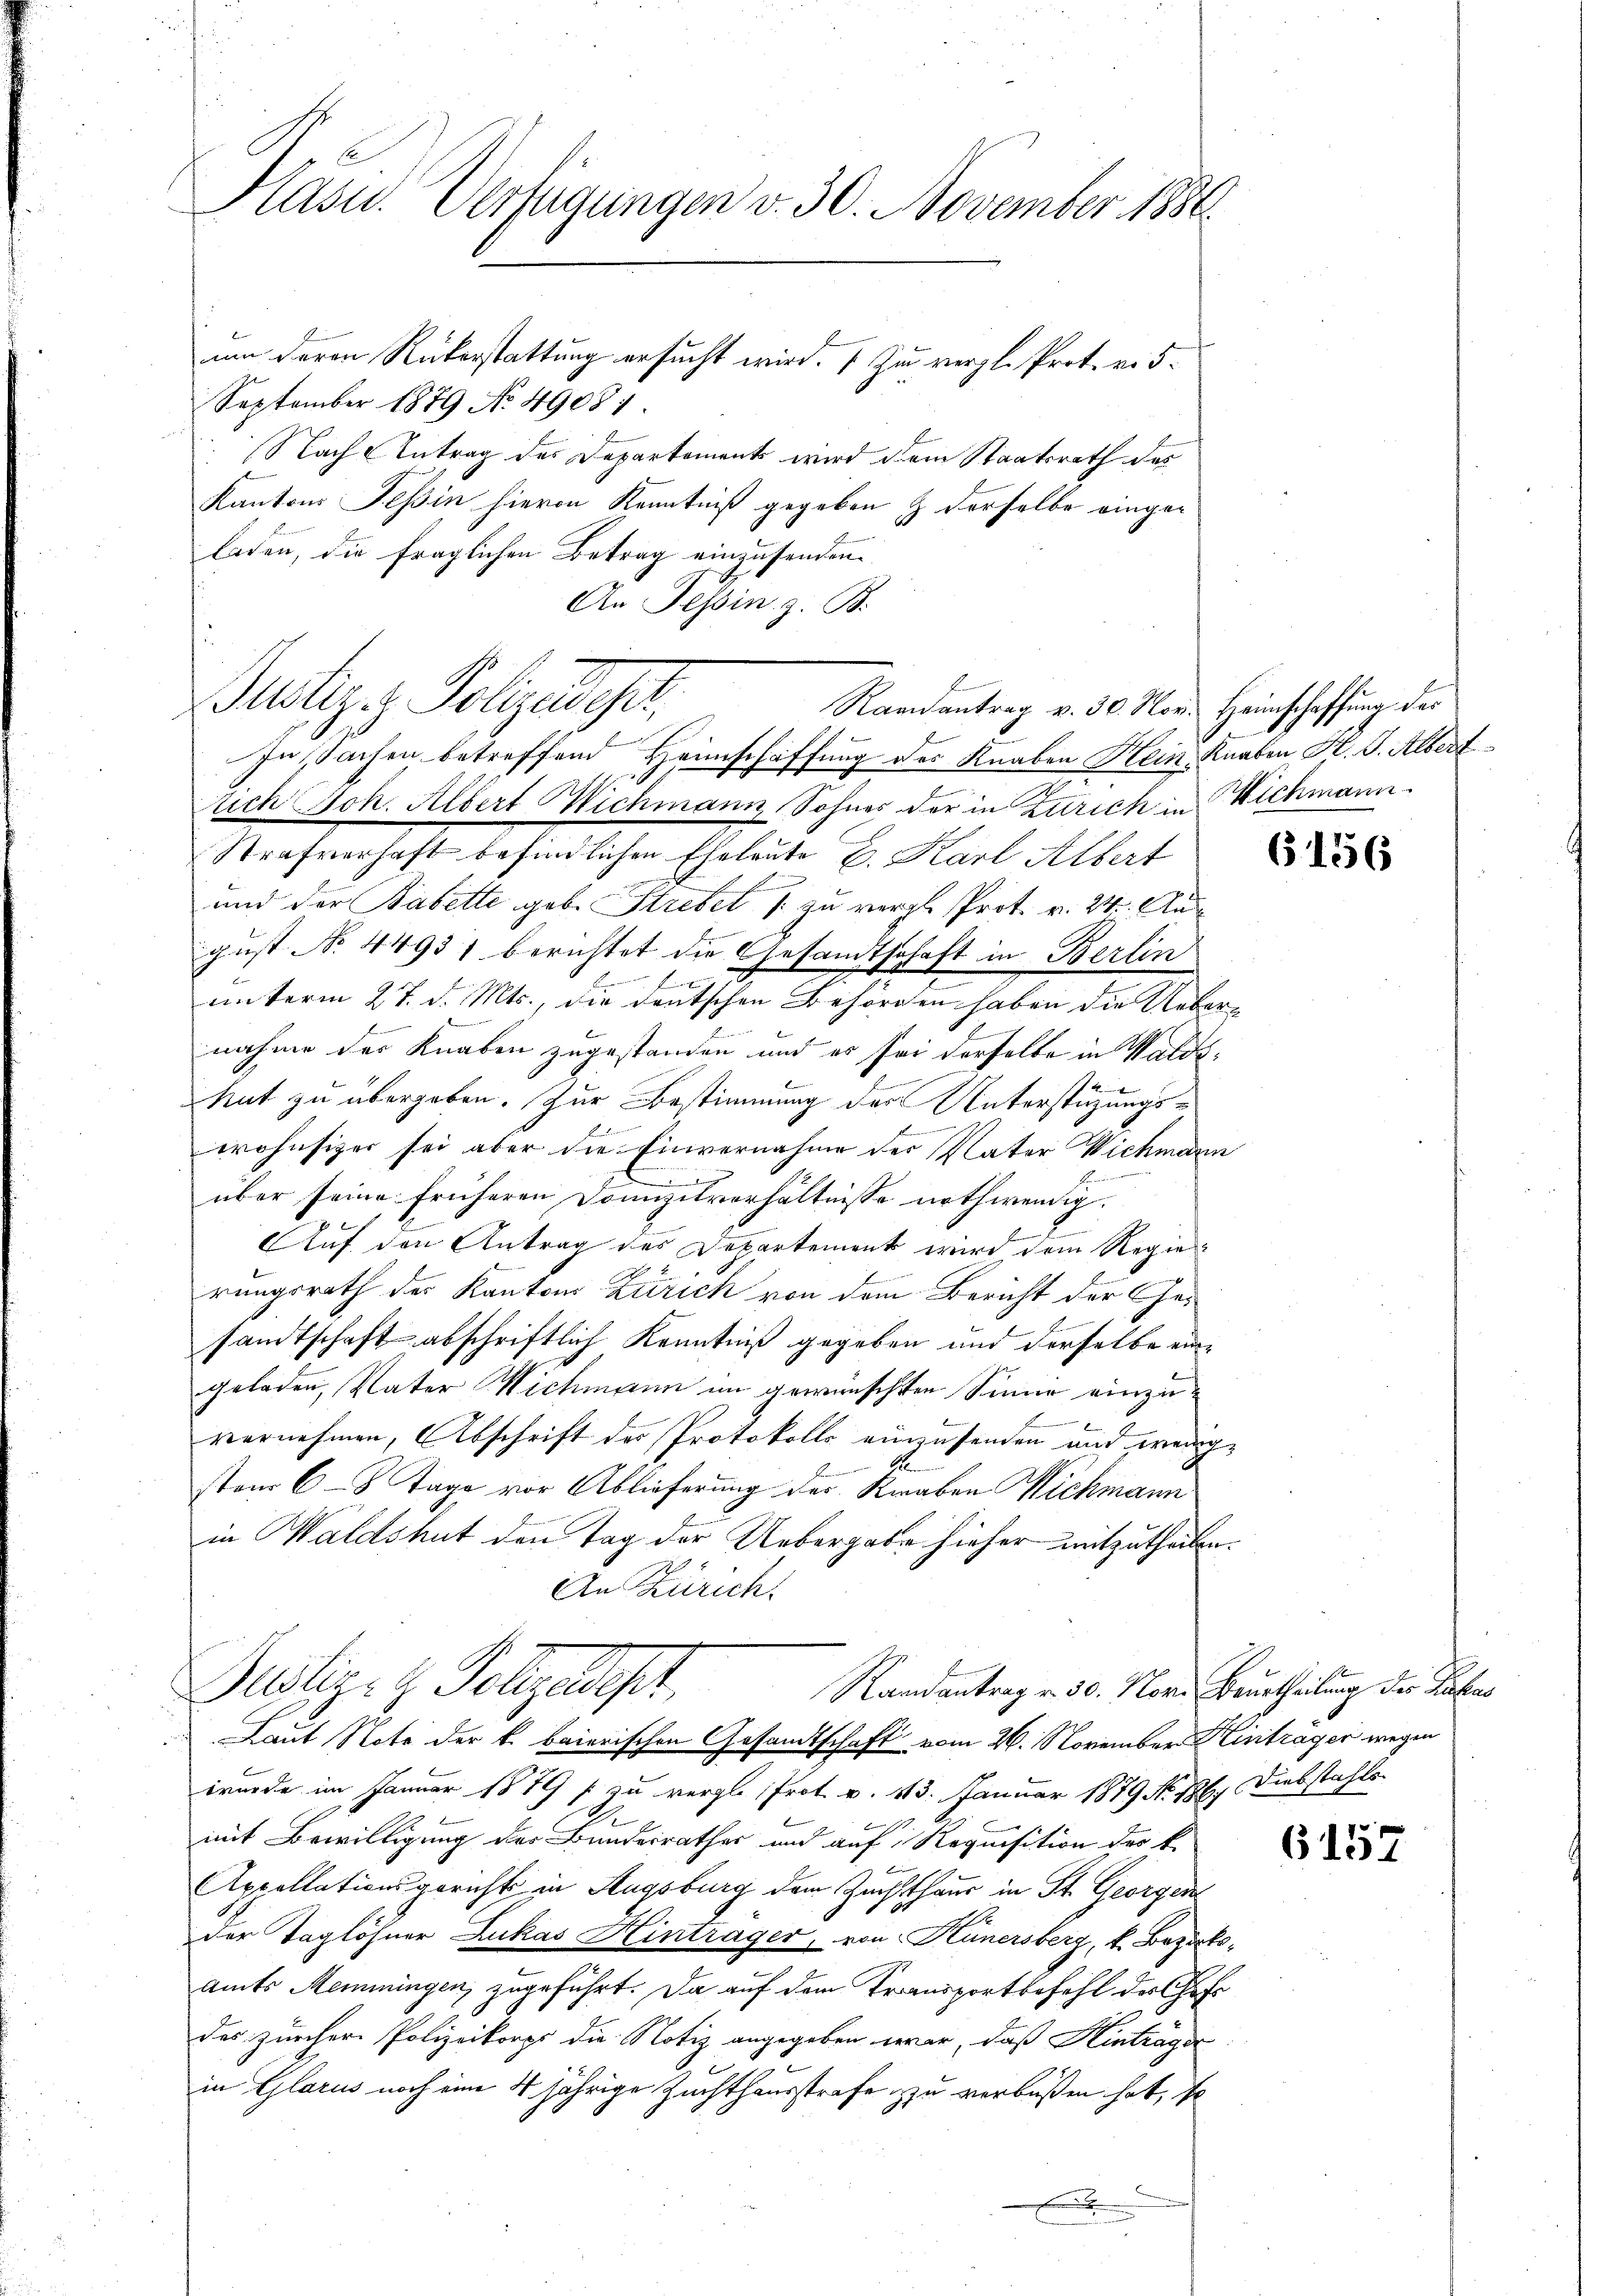
Hasu. Verfügungen v. 30. November 1884.

um deren Rükerstattung ersucht wird. (Zu vergl. Prot. v. 5.
September 1879 No 49081.
Nach Antrag des Departement wird dem Staatsrath des
Kantons Tessin hievon Kenntniß gegeben & derselbe eingeladen, die fraglichen Betrag einzusenden.
An Tessin, z. B.
In Sachen betreffend Heimschaffung des Knaben Hein, Knaben H. J. Albert
lich Joh. Albert Wichmann, Sohnes der in Zürich in Wichmann.
Strafverhaft befindlichen Eheleute L. Karl Albert
und der Babette geb. Strebel /: zu vergl. Prot. v. 24. August No 4493) berichtet die Gesamtschaft in Berlin
 f 0 x
unterm 27. d. Mts., die deutschen Behörden haben die Uebern
nahme der Knaben zugestanden und es sei derselbe in Waldshut zu übergeben. Zur Bestimmung der Unterstüzungsf
wohnsizer sei aber die Einvernahme der Vater Wichmann
Gemeinen
über seine früheren Domizilverhältnisse nothwendig.
Auf den Antrag des Departement wird dem Regie
rungsrath der Kantons Zürich von dem Bericht der Gesamtschaft abschriftlich Kenntniß gegeben und derselbe eingeladen, Vater Wichmann im gewünschten Sinne einzuvernehmen, Abschrift des Protokolls einzusenden und wenig¬
R
sten 6 - 8 Tage vor Ablieferung der Knaben Wichmann
in Waldshut den Tag der Uebergabe hieher mitzutheilen.
An Zürich.
Justiz- & Pelzedelt,
Randantrag v. 30. Nov. Beurtheilung der Saches
Laut Note der k. baierischen Gesandtschaft vom 26. November Hinträger wegen
wurde im Januar 1879 f zu vergl. Prot. v. 13. Januar 1879 No 786. Diebstahls
mit Bewilligung des Bundesrathes und auf Requisition des k.
Appellationsgericht in Augsburg dem Zuchthaus in St. Georgen
Der Taglöhner Zukas Hinträger, von Hünersberg, k. Bezirksamts Memmingen, zugeführt. Da auf dem Transportbefehl des Ges
des zürcher Polizeikorps die Notiz angegeben war, daß Hinträger
in Glarus noch eine 4 jährige Zuchthausstrafe zu verbüßen hat, so
B
.

Justiz-Polizeiser,

Rannantrag v. 30. Nov. Heimschaffung des

.

6156

6157